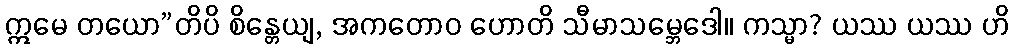
ဣမေ တယော”တိပိ စိန္တေယျ, အကတောဝ ဟောတိ သီမာသမ္ဘေဒေါ။ ကသ္မာ? ယဿ ယဿ ဟိ